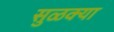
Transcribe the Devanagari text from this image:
सुळक्या